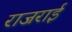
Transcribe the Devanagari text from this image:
राजराई